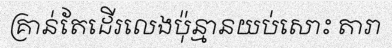
គ្រាន់តែដើរលេងប៉ុន្មានយប់សោះ តារា